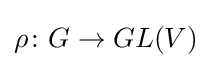
\rho \colon G\to GL(V)